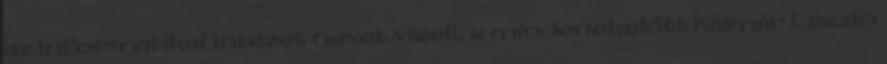
az Informatikai Intézet nevet viseli, s mindenekelőtt Kalmár László